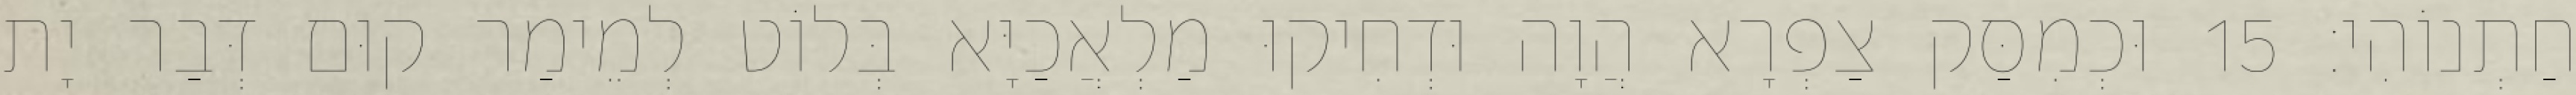
חַתְנוֹהִי׃ 15 וּכְמִסַּק צַפְרָא הֲוָה וּדְחִיקוּ מַלְאֲכַיָּא בְּלוֹט לְמֵימַר קוּם דְּבַר יָת